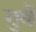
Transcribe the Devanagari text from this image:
गुणें